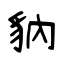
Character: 豽